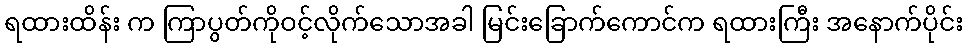
ရထားထိန်း က ကြာပွတ်ကိုဝင့်လိုက်သောအခါ မြင်းခြောက်ကောင်က ရထားကြီး အနောက်ပိုင်း